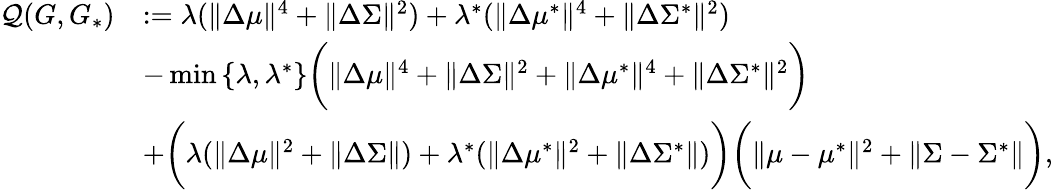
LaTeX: \begin{array}{rl}{\mathcal{Q}(G,G_{*})}&{:=\lambda(\| \Delta\mu\| ^{4}+\| \Delta\Sigma\| ^{2})+\lambda^{*}(\| \Delta\mu^{*}\| ^{4}+\| \Delta\Sigma^{*}\| ^{2})}\\ &{-\operatorname*{min}\left\{ \lambda,\lambda^{*}\right\} \biggr(\| \Delta\mu\| ^{4}+\| \Delta\Sigma\| ^{2}+\| \Delta\mu^{*}\| ^{4}+\| \Delta\Sigma^{*}\| ^{2}\biggr)}\\ &{+\biggr(\lambda(\| \Delta\mu\| ^{2}+\| \Delta\Sigma\| )+\lambda^{*}(\| \Delta\mu^{*}\| ^{2}+\| \Delta\Sigma^{*}\| )\biggr)\biggr(\| \mu-\mu^{*}\| ^{2}+\| \Sigma-\Sigma^{*}\| \biggr),}\end{array}